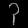
Digit: ၃